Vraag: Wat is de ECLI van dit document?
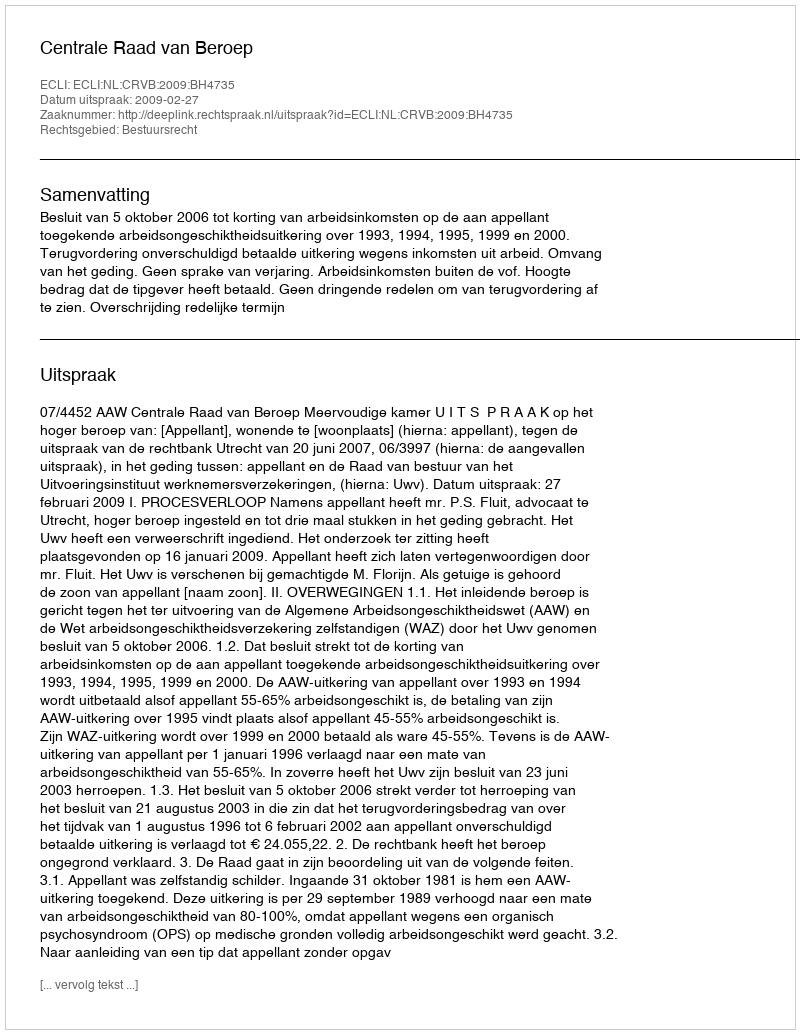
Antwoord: ECLI:NL:CRVB:2009:BH4735